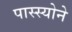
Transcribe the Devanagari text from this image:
पास्स्योने